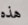
هذه